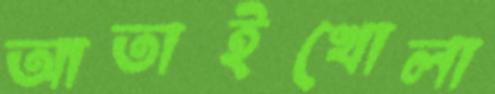
আতাইখোলা